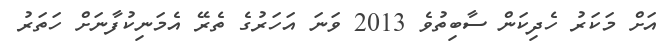
އަށް މަކަރު ހެދިކަން ސާބިތުވެ 2013 ވަނަ އަހަރުގެ ތެރޭ އެމަނިކުފާނަށް ހަތަރު